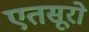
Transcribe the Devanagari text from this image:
एतसूरो